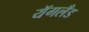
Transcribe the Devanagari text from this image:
यॅगलँड